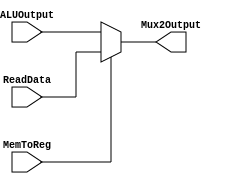
`timescale 1ns / 1ps
//////////////////////////////////////////////////////////////////////////////////
// Company: 
// Engineer: 
// 
// Design Name: 
// Module Name: mux_unit_2
// Project Name: 
// Target Devices: 
// Tool Versions: 
// Description: 
// 
// Dependencies: 
// 
// Revision:
// Revision 0.01 - File Created
// Additional Comments:
// 
//////////////////////////////////////////////////////////////////////////////////


module mux_unit_2(
    // Input are 8 bit fields
    input [7:0] ALUOutput,
    input [7:0] ReadData,
    
    // Input control signal
    input MemToReg,
    
    // Output 
    output reg [7:0] Mux2Output
    ); 
    
    // This MUX is used to switch between input data after DataMemory stage.
    always @(*)
    begin
        if(MemToReg == 1'b1)
            begin
            Mux2Output = ReadData;
            end
        else
            begin
            Mux2Output = ALUOutput;
            end
    end
endmodule